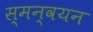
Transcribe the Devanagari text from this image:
स्मन्वयन